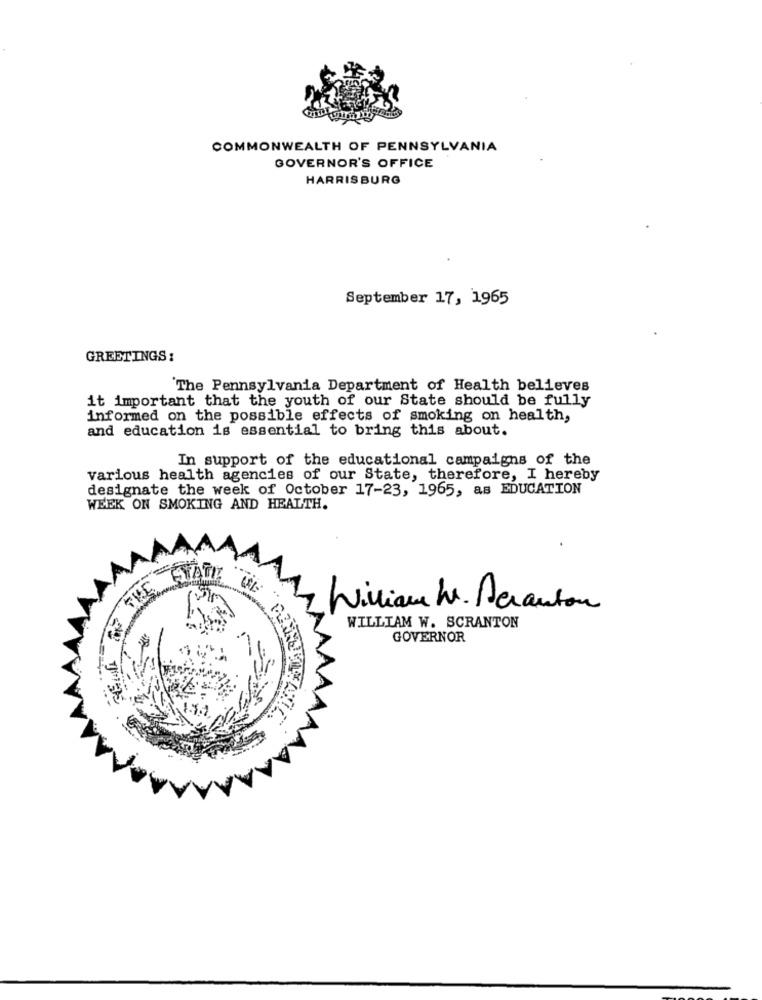
COMMONWEALTH OF PENNSYLVANIA
GOVERNOR'S OFFICE
HARRISBURG
September 17, 1965
GREETINGS:
The Pennsylvania Department of Health believes
it important that the youth of our State should be fully
informed on the possible effects of smoking on health,
and education is essential to bring this about.
In support of the educational campaigns of the
various health agencies of our State, therefore, I hereby
designate the week of October 17-23, 1965, as EDUCATION
WEEK ON SMOKING AND HEALTH.
STATI
William Mr. Scranton
WILLIAM W. SCRANTON
GOVERNOR